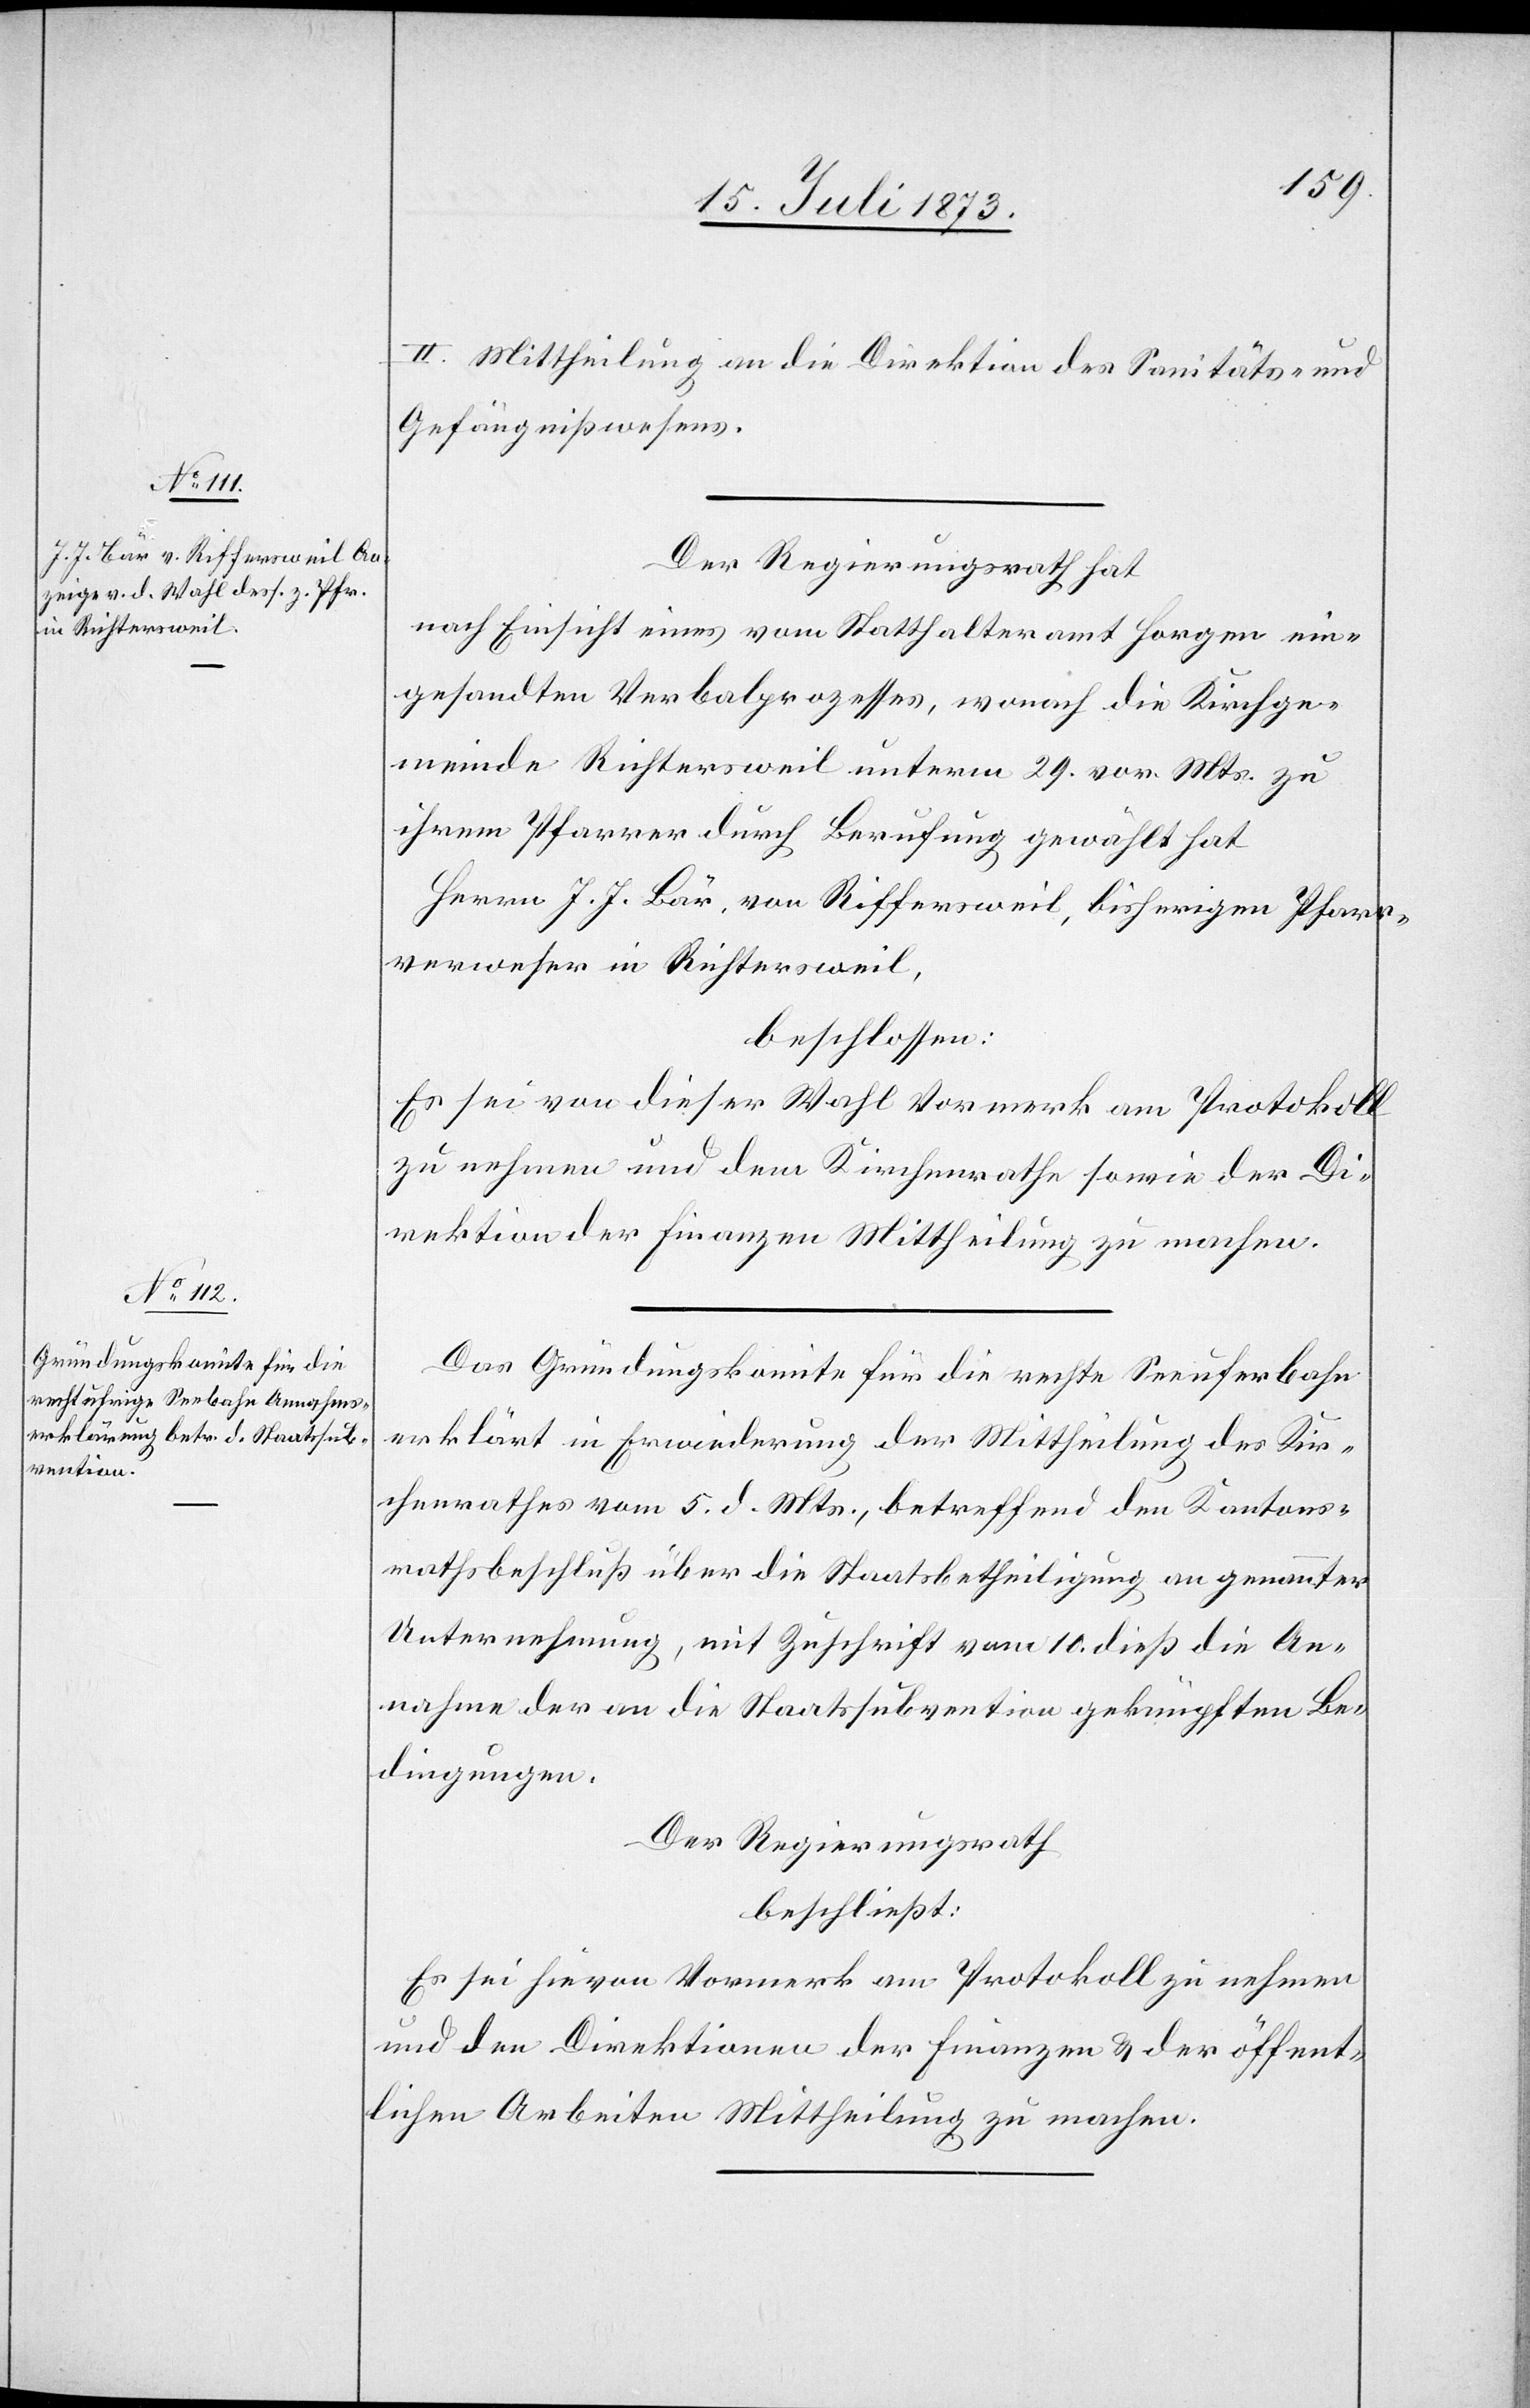
II. Mittheilung an die Direktion des Sanitäts- und
Gefängnißwesens.
Der Regierungsrath hat
nach Einsicht eines vom Statthalteramt Horgen ein¬
gesandten Verbalprozesses, wonach die Kirchge¬
meinde Richtersweil unterm 29. vor. Mts. zu
ihrem Pfarrer durch Berufung gewählt hat
Herrn J. J. Bär, von Richtersweil, bisherigen Pfarr¬
verweser in Richtersweil,
beschlossen:
Es sei von dieser Wahl Vormerk am Protokoll
zu nehmen und dem Kirchenrathe sowie der Di¬
rektion der Finanzen Mittheilung zu machen.
Das Gründungskomite für die rechte Seeuferbahn
erklärt in Erwiederung der Mittheilung des Kir¬
chenrathes vom 5. d. Mts., betreffend den Kantons¬
rathsbeschluß über die Staatsbetheiligung an genannter
Unternehmung, mit Zuschrift vom 10. dieß die An¬
nahme der an die Staatssubvention geknüpften Be¬
dingungen.
Der Regierungsrath
beschließt:
Es sei hievon Vormerk am Protokoll zu nehmen
und den Direktionen der Finanzen & der öffent¬
lichen Arbeiten Mittheilung zu machen.